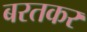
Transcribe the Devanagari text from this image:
बरतकर